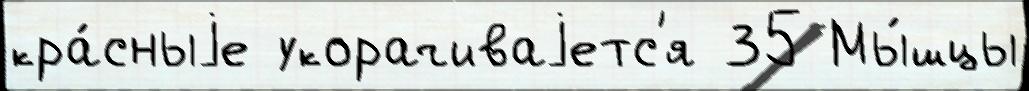
кра́сныjе укорачиваjетс'я 35 Мы́шцы